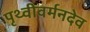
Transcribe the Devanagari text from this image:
पृथ्वीवर्मनदेव